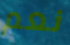
نعم